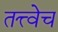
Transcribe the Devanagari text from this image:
तत्त्वेच